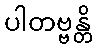
ပါတဗ္ဗန္တိ